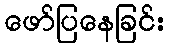
ဖော်ပြနေခြင်း